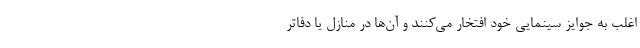
اغلب به جوایز سینمایی خود افتخار می‌کنند و آن‌ها در منازل یا دفاتر